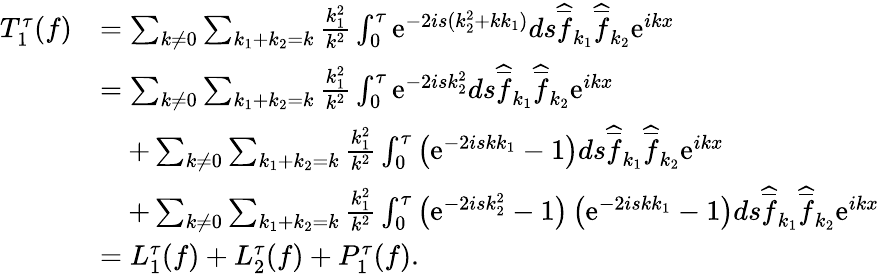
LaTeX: \begin{array}{rl}{T_{1}^{\tau}(f)}&{=\sum_{k\not=0}\sum_{k_{1}+k_{2}=k}\frac{k_{1}^{2}}{k^{2}}\int_{0}^{\tau}\mathrm{e}^{-2is(k_{2}^{2}+kk_{1})}ds\widehat{\overline{{f}}}_{k_{1}}\widehat{\overline{{f}}}_{k_{2}}\mathrm{e}^{ikx}}\\ &{=\sum_{k\not=0}\sum_{k_{1}+k_{2}=k}\frac{k_{1}^{2}}{k^{2}}\int_{0}^{\tau}\mathrm{e}^{-2isk_{2}^{2}}ds\widehat{\overline{{f}}}_{k_{1}}\widehat{\overline{{f}}}_{k_{2}}\mathrm{e}^{ikx}}\\ &{\quad+\sum_{k\not=0}\sum_{k_{1}+k_{2}=k}\frac{k_{1}^{2}}{k^{2}}\int_{0}^{\tau}\left(\mathrm{e}^{-2iskk_{1}}-1\right)ds\widehat{\overline{{f}}}_{k_{1}}\widehat{\overline{{f}}}_{k_{2}}\mathrm{e}^{ikx}}\\ &{\quad+\sum_{k\not=0}\sum_{k_{1}+k_{2}=k}\frac{k_{1}^{2}}{k^{2}}\int_{0}^{\tau}\big(\mathrm{e}^{-2isk_{2}^{2}}-1\big)\left(\mathrm{e}^{-2iskk_{1}}-1\right)ds\widehat{\overline{{f}}}_{k_{1}}\widehat{\overline{{f}}}_{k_{2}}\mathrm{e}^{ikx}}\\ &{=L_{1}^{\tau}(f)+L_{2}^{\tau}(f)+P_{1}^{\tau}(f).}\end{array}